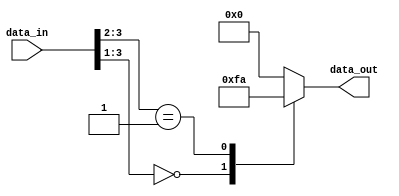
module casez_example (
    input [3:0] data_in,
    output reg [3:0] data_out
);

always @ (*) begin
    casez(data_in)
        4'b000?: data_out = 4'b1111; // If data_in is 000x, set data_out to 1111
        4'b01??: data_out = 4'b1010; // If data_in is 01xx, set data_out to 1010
        4'b1???: data_out = 4'b0000; // If data_in is 1xxx, set data_out to 0000
        default: data_out = 4'b0000; // Default case if none of the above conditions are met
    endcase
end

endmodule